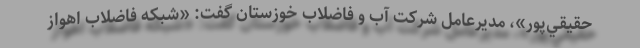
حقيقي‌پور»، مديرعامل شركت آب و فاضلاب خوزستان گفت: «شبكه فاضلاب اهواز